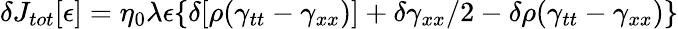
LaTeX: \delta J_{tot}[\epsilon]=\eta_{0}\lambda\epsilon\{ \delta[\rho(\gamma_{tt}-\gamma_{xx})]+\delta\gamma_{xx}/2-\delta\rho(\gamma_{tt}-\gamma_{xx})\}